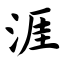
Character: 涯